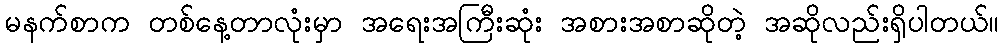
မနက်စာက တစ်နေ့တာလုံးမှာ အရေးအကြီးဆုံး အစားအစာဆိုတဲ့ အဆိုလည်းရှိပါတယ်။